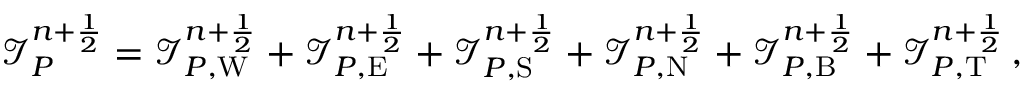
\mathcal I _ { P } ^ { n + \frac 1 2 } = \mathcal I _ { P , \mathrm { W } } ^ { n + \frac 1 2 } + \mathcal I _ { P , \mathrm { E } } ^ { n + \frac 1 2 } + \mathcal I _ { P , \mathrm { S } } ^ { n + \frac 1 2 } + \mathcal I _ { P , \mathrm { N } } ^ { n + \frac 1 2 } + \mathcal I _ { P , \mathrm { B } } ^ { n + \frac 1 2 } + \mathcal I _ { P , \mathrm { T } } ^ { n + \frac 1 2 } \, ,